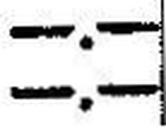
—.—